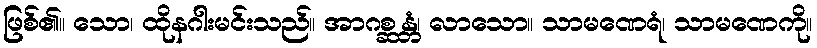
ဖြစ်၏။ သော၊ ထိုနဂါးမင်းသည်။ အာဂစ္ဆန္တံ၊ လာသော။ သာမဏေရံ၊ သာမဏေကို။